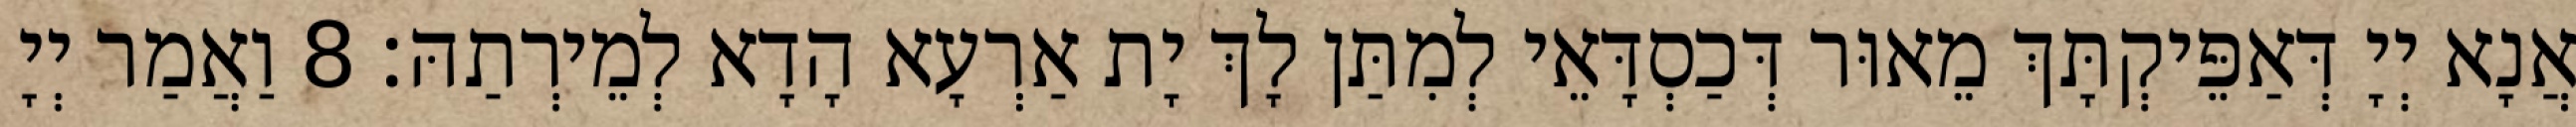
אֲנָא יְיָ דְּאַפֵּיקְתָּךְ מֵאוּר דְּכַסְדָּאֵי לְמִתַּן לָךְ יָת אַרְעָא הָדָא לְמֵירְתַהּ׃ 8 וַאֲמַר יְיָ